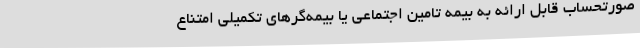
صورتحساب قابل ارائه به بیمه تامین اجتماعی یا بیمه‌گرهای تکمیلی امتناع